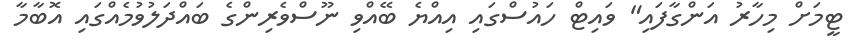
ޓީމަށް މިހާރު އަންގާފައި" ވައިޓް ހައުސްގައި އިއްޔެ ބޭއްވި ނޫސްވެރިންގެ ބައްދަލުވުމެއްގައި އޮބާމާ